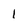
Character: 1